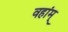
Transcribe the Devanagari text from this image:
वहांम्